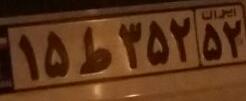
۱۵ط۳۵۲۵۲